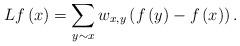
LaTeX: \begin{align*}Lf\left(x\right)=\sum_{y\sim x}w_{x,y}\left(f\left(y\right)-f\left(x\right)\right).\end{align*}